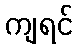
ကျရင်